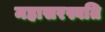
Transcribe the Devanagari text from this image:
महासरस्वति